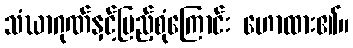
သံဃာဂုဏ်နှင့်ပြည့်စုံကြောင်း ဟောထား၏။